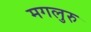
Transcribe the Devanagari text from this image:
मगलुरु